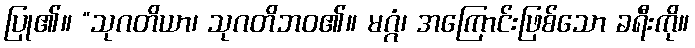
ပြု၏။ “သုဂတိယာ၊ သုဂတိဘဝ၏။ မဂ္ဂံ၊ အကြောင်းဖြစ်သော ခရီးကို။